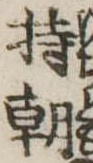
持朝